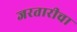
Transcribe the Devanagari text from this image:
जरतारीचा